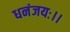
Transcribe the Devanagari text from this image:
धनंजयः।।